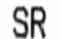
SR